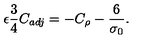
\epsilon \frac { 3 } { 4 } C _ { a d j } = - C _ { \rho } - \frac { 6 } { \sigma _ { 0 } } .